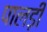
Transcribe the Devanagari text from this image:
पालड़ी